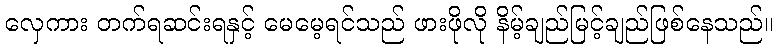
လှေကား တက်ရဆင်းရနှင့် မေမေ့ရင်သည် ဖားဖိုလို နိမ့်ချည်မြင့်ချည်ဖြစ်နေသည်။